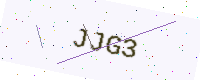
Text: JJG3